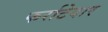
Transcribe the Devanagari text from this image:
फर्राटेदार